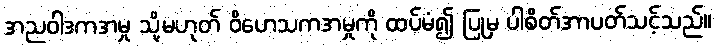
အညဝါဒကအမှု သို့မဟုတ် ဝိဟေသကအမှုကို ထပ်မံ၍ ပြုမှ ပါစိတ်အာပတ်သင့်သည်။